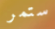
ستمر